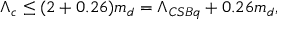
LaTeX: \Lambda _ { c } \leq ( 2 + 0 . 2 6 ) m _ { d } = \Lambda _ { C S B q } + 0 . 2 6 m _ { d } ,